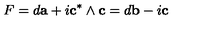
F = d { \bf a } + i { \bf c } ^ { * } \wedge { \bf c } = d { \bf b } - i { \bf c }